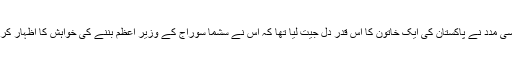
ان کی اسی مدد نے پاکستان کی ایک خاتون کا اس قدر دل جیت لیا تھا کہ اس نے سشما سوراج کے وزیر اعظم بننے کی خواہش کا اظہار کر دیا تھا۔